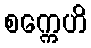
စက္ကေဟိ